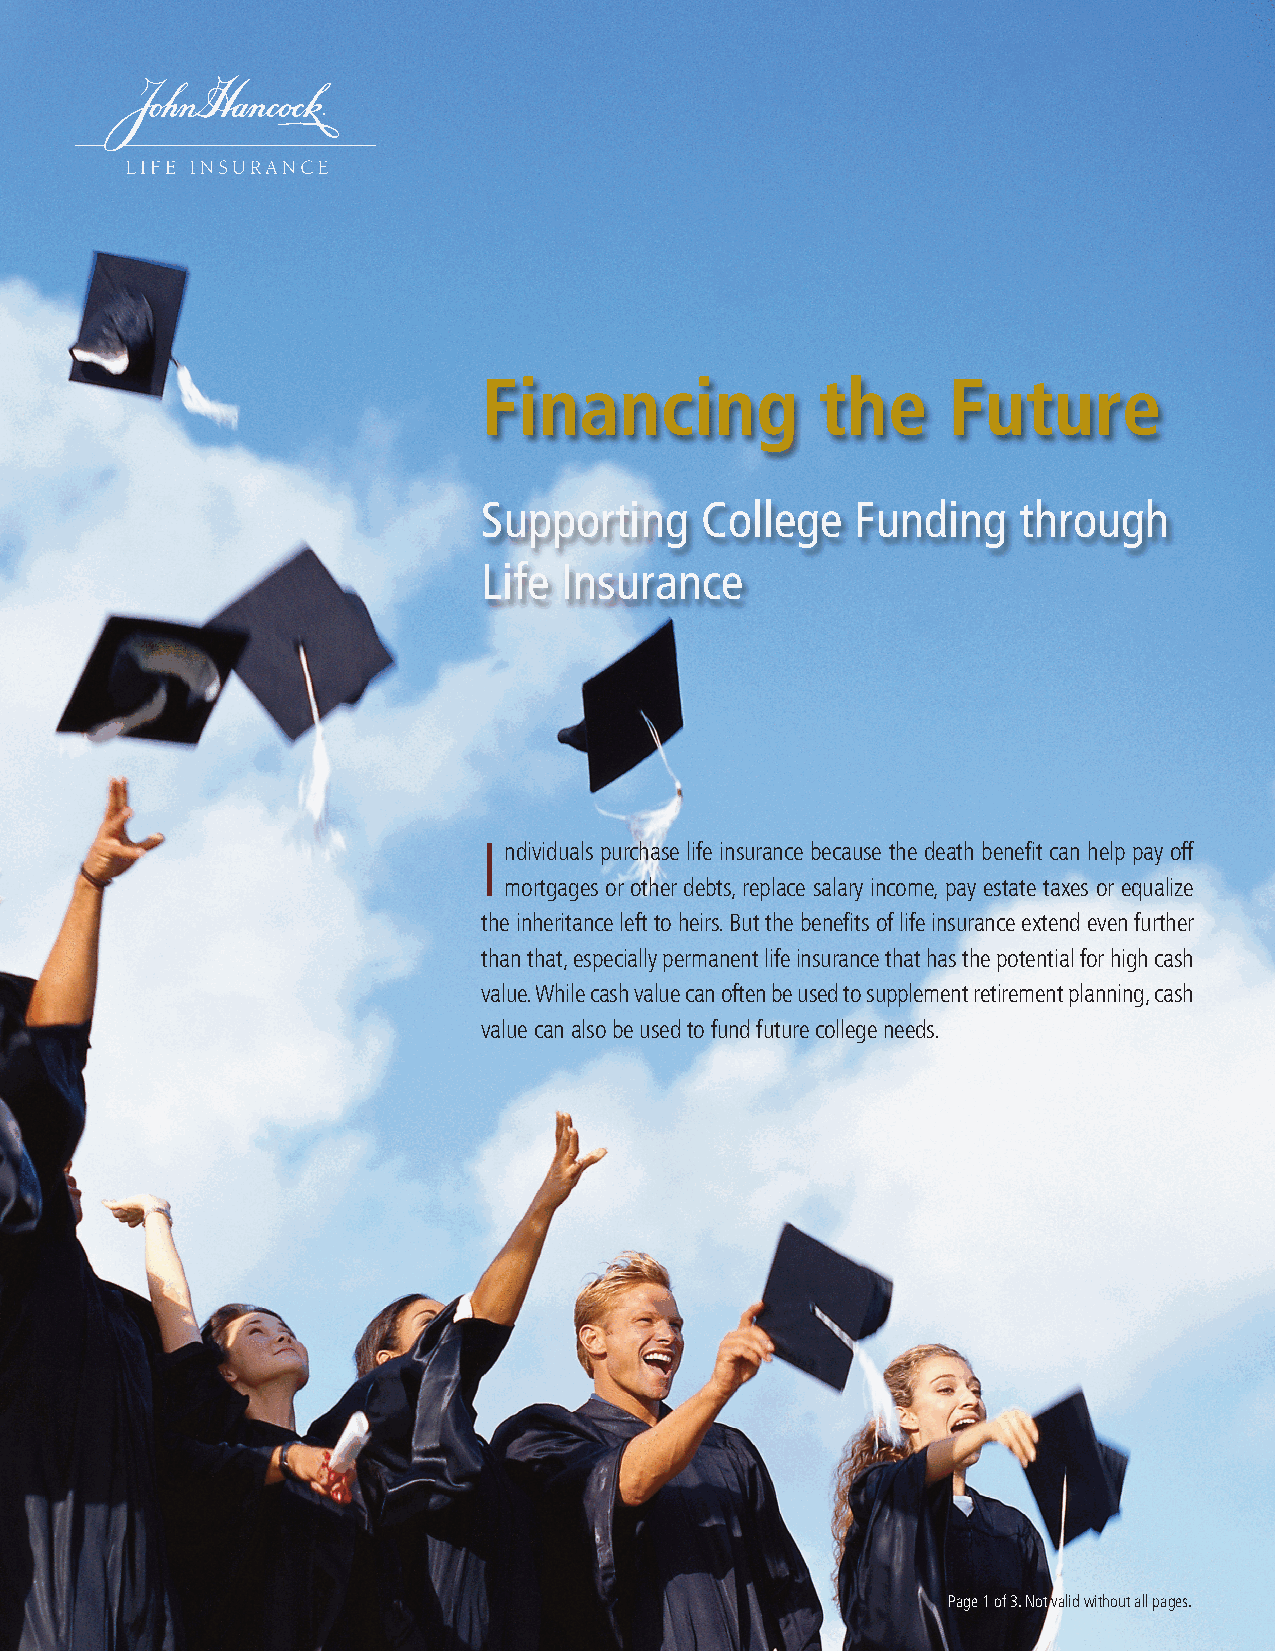
Financing             the      Future
 Supporting    College    Funding   through
 Life Insurance
 I ndividuals purchase life insurance because the death benefit can help pay off
 mortgages or other debts, replace salary income, pay estate taxes or equalize
 the inheritance left to heirs. But the benefits of life insurance extend even further
 than that, especially permanent life insurance that has the potential for high cash
 value. While cash value can often be used to supplement retirement planning, cash
 value can also be used to fund future college needs.
 Page 1 of 3. Not valid without all pages.